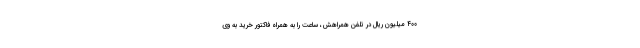
۴۰۰ میلیون ریال در تلفن همراهش، ساعت را به همراه فاکتور خرید به وی